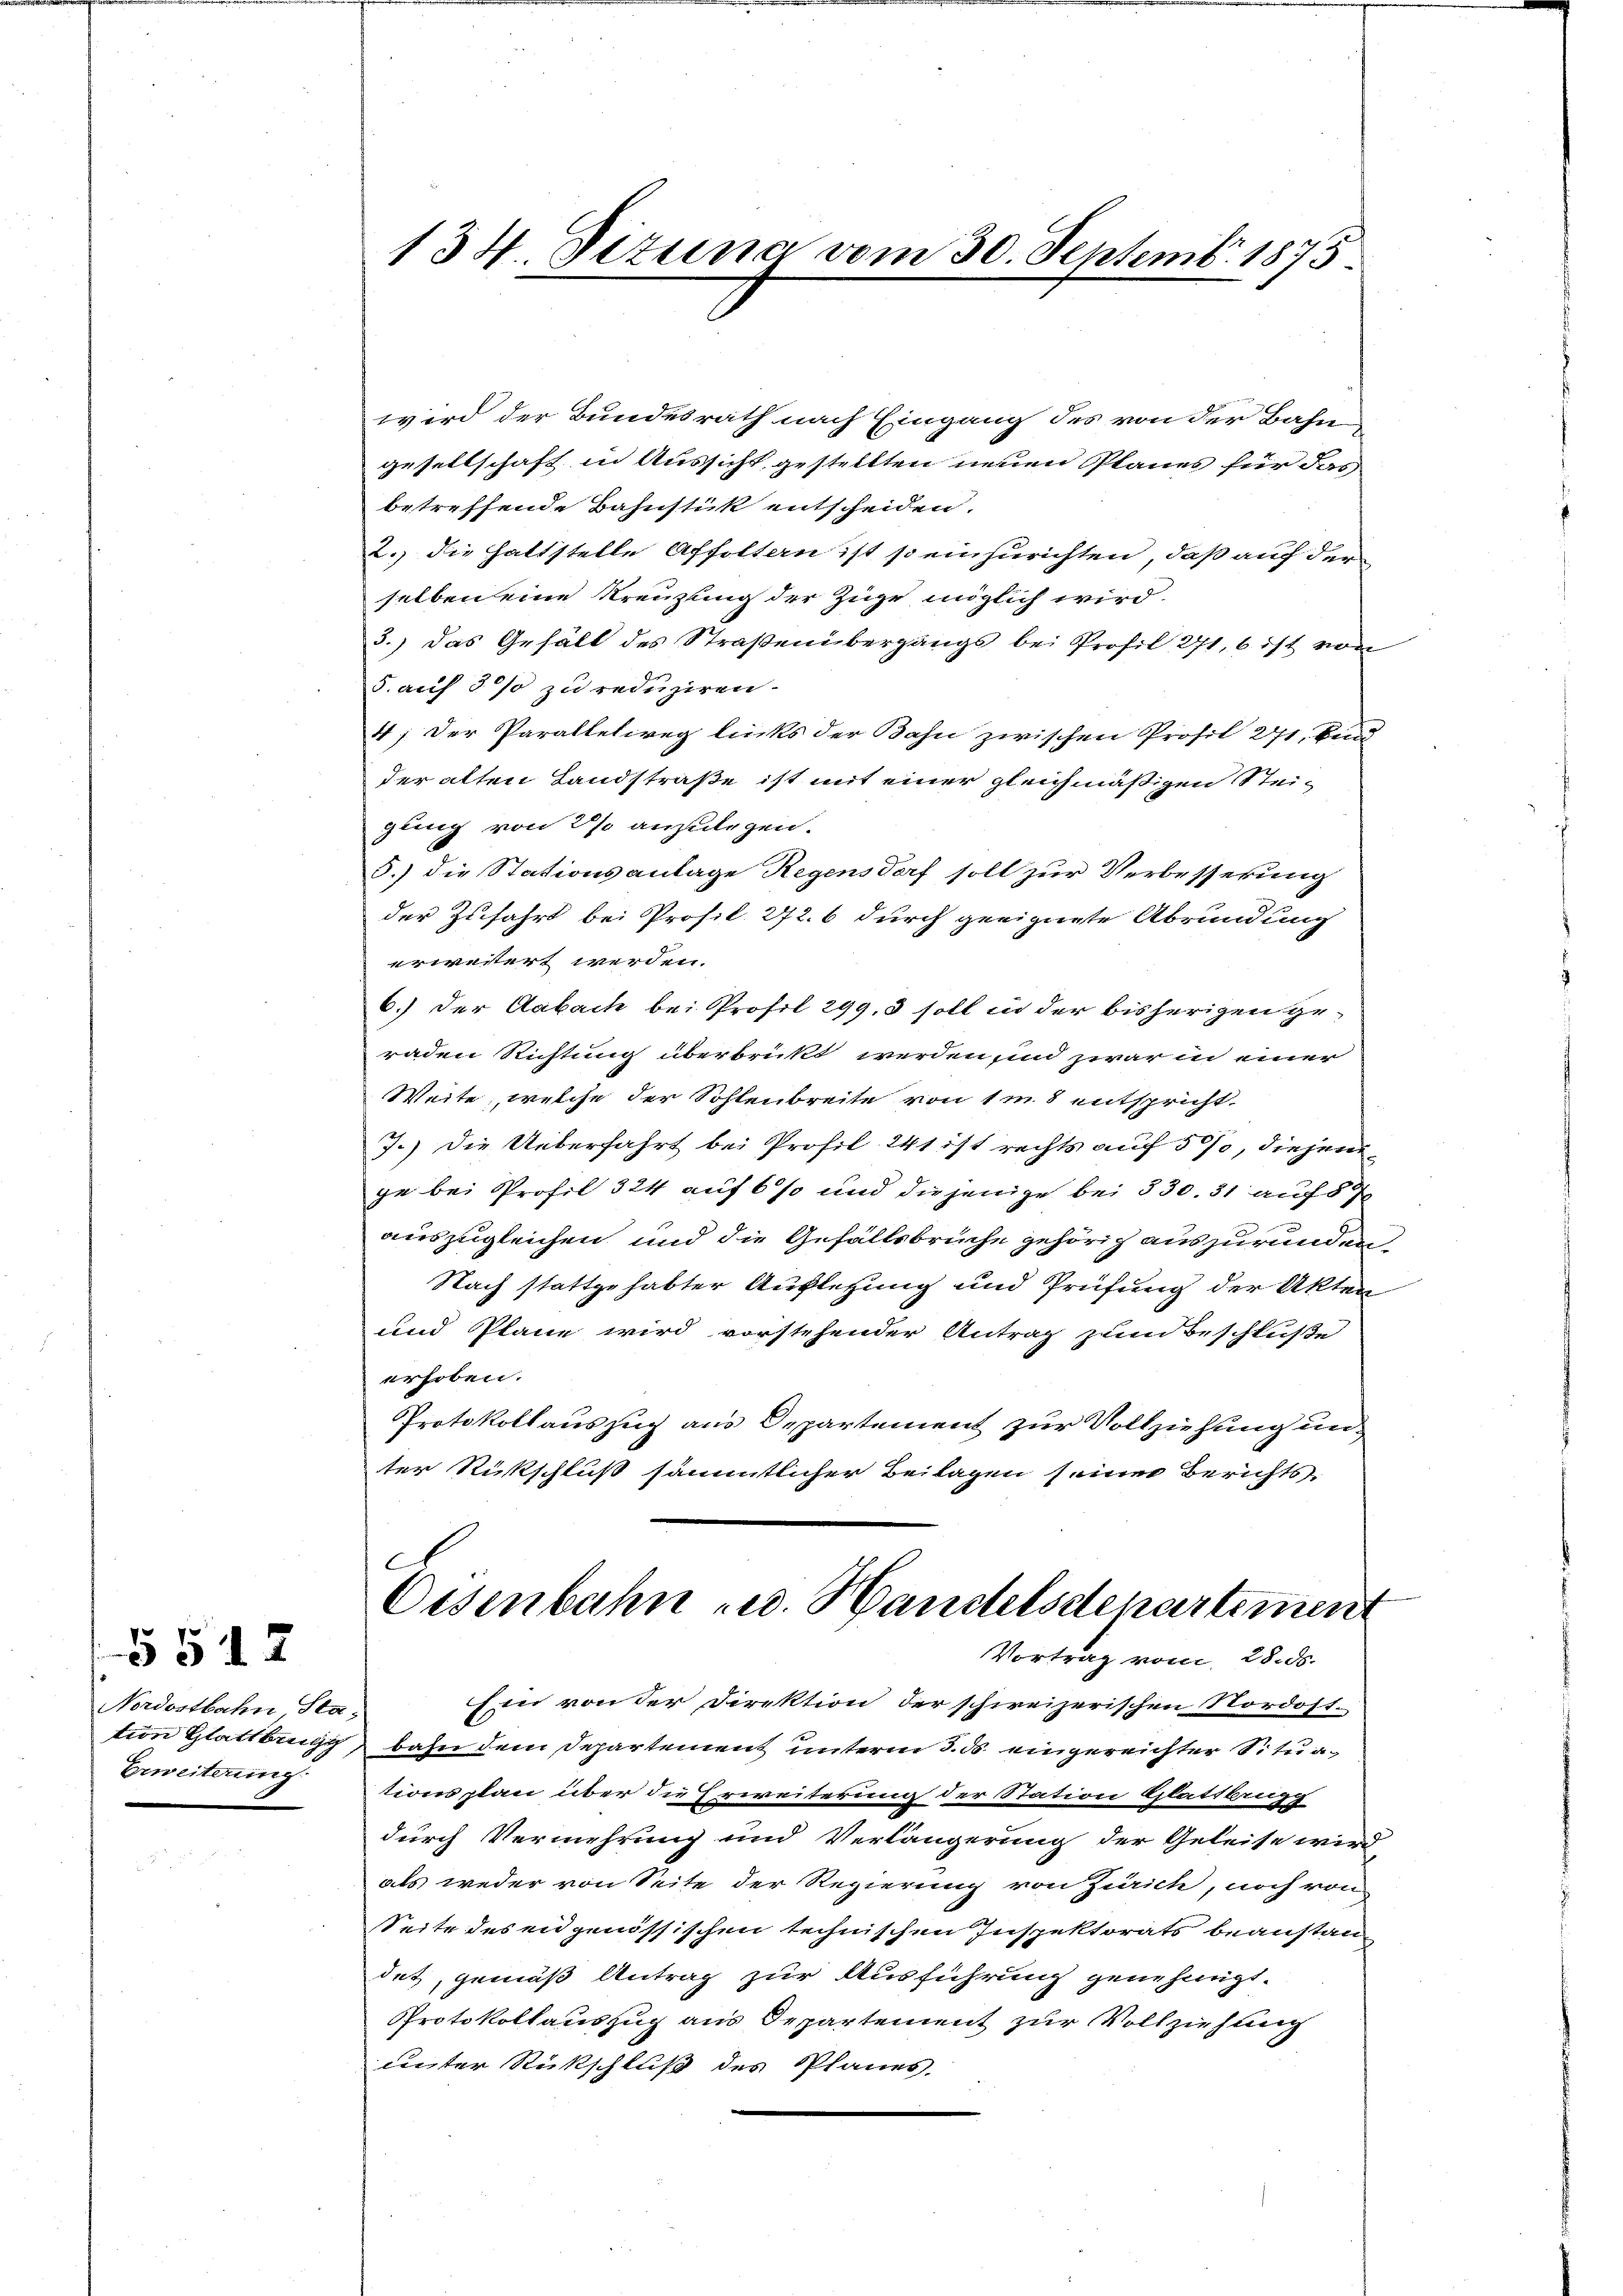
Nordostbahn, Sta¬
Erweiterung

5512

134 Dizuna vom 30. Septemb. 1875.

wird der Bundesrath nach Eingang des von der Bahn
gesellschaft in Aussicht gestellten neuen Planes für das
betreffende Bahnstük entscheiden.
2. die haltstelle Affoltern ist so einzurichten, daß auf der
selben eine Kreuzung der Züge möglich wird.
5.) Das Gehält des Straßenübergängs bei Profil 271, 6 ist von
5. auf 3 % zu reduziren.
4; Der Parallelweg lücks der Bahn zwischen Profil 271, burg
der alten Landstraße ist mit einer gleichmäßigen Stei-
gung von 2 % anzulegen.
5.) die Stationsanlage Regensdorf soll zur Verbesserung
der Zufahrt bei Profil 272. 6 durch geeignete Abrundung
erweitert werden.
6.) Der Aabach bei Profil 299, 3 soll in der bisherigen geraden Richtung überbrickt werden, und zwar in einer
Weite, welche der Sohlenbreite von 1m 8 entspricht.
7.) Die Ueberfahrt bei Profil 241 ist rechts auf 500, diejenige bei Profil 324 auf 6 % und diejenige bei 330. 31 auf § 7
auszugleichen und die Gefällsbrüche gehörig auszurunden.
Nach stattgehabter Auflegung und Prüfung der Akten
und Plane wird vorstehender Antrag zum Beschluße
erhoben.
Protokollauszug aus Departement zur Vollziehung unter Rückschluß sämmtlicher Beilagen seiner Berichts
Osenbahn u. Handelsdenartement
Vortrag vom 28. ds.
Eier von der Direktion der schweizerischen Nordost-
tion Glattbrugg bahn dem Departement unterm 5. ds. eingereichter Situationsplan über die Erweiterung der Station Glattbung
durch Vermehrung und Verlängerung der Geleise wird
als weder von Seite der Regierung von Zürich, noch von
Seite des engenössischen technischen Inspektorats beanstan
det, gemäß Antrag zur Ausführung genehmigt.
Protokollauszug aus Departement zur Vollziehung
cuter Rückschluß des Planes.